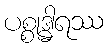
ပစ္စုဒ္ဓါရဿ